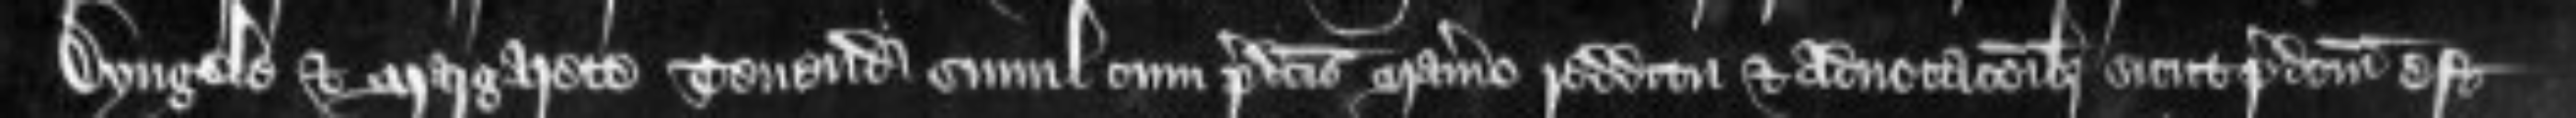
Dyngele et Margarete tenendo simulcum predictis manerio redditu et advocationibus sicut predictum est